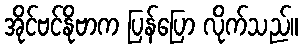
အိုင်ဗင်နိုဗာက ပြန်ပြော လိုက်သည်။